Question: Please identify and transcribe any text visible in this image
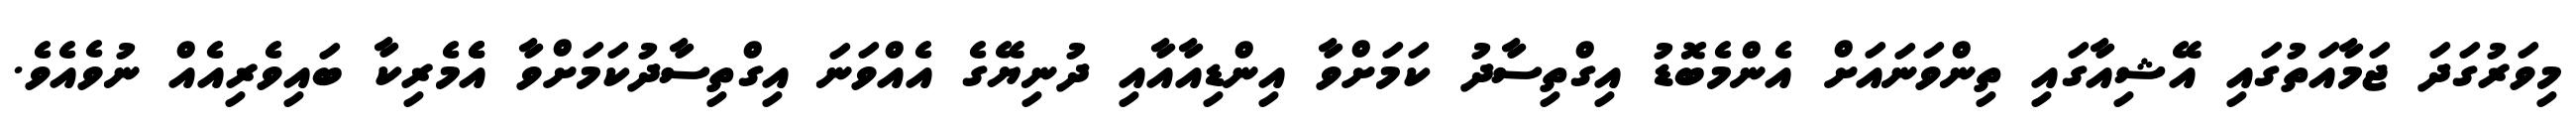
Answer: މިވަރުގަދަ ޖަމާއަތުގައި އޭޝިއާގައި ތިންވަނައަށް އެންމެބޮޑު އިގްތިސާދު ކަމަށްވާ އިންޑިއާއާއި ދުނިޔޭގެ އެއްވަނަ އިގްތިސާދުކަމަށްވާ އެެމެރިކާ ބައިވެރިއެއް ނުވެއެވެ.